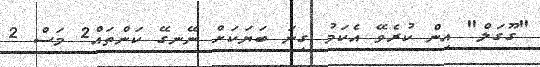
"ގޫގަލް" އިން ކުރެވޭ އެކަމު ގިނަ ބަޔަކަށް ނޭނގޭ ކަންތައް2 މަސް 2